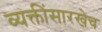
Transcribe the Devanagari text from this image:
व्यक्तींसारखेच